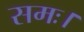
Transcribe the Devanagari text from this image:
समः।